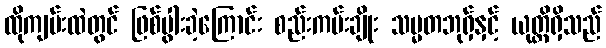
ထိုကျမ်းထဲတွင် ဖြစ်ပွါးခဲ့ကြောင်း စည်းကမ်းချိုး သမ္မတဘုရှ်နှင့် ယုတ္တိရှိသည်